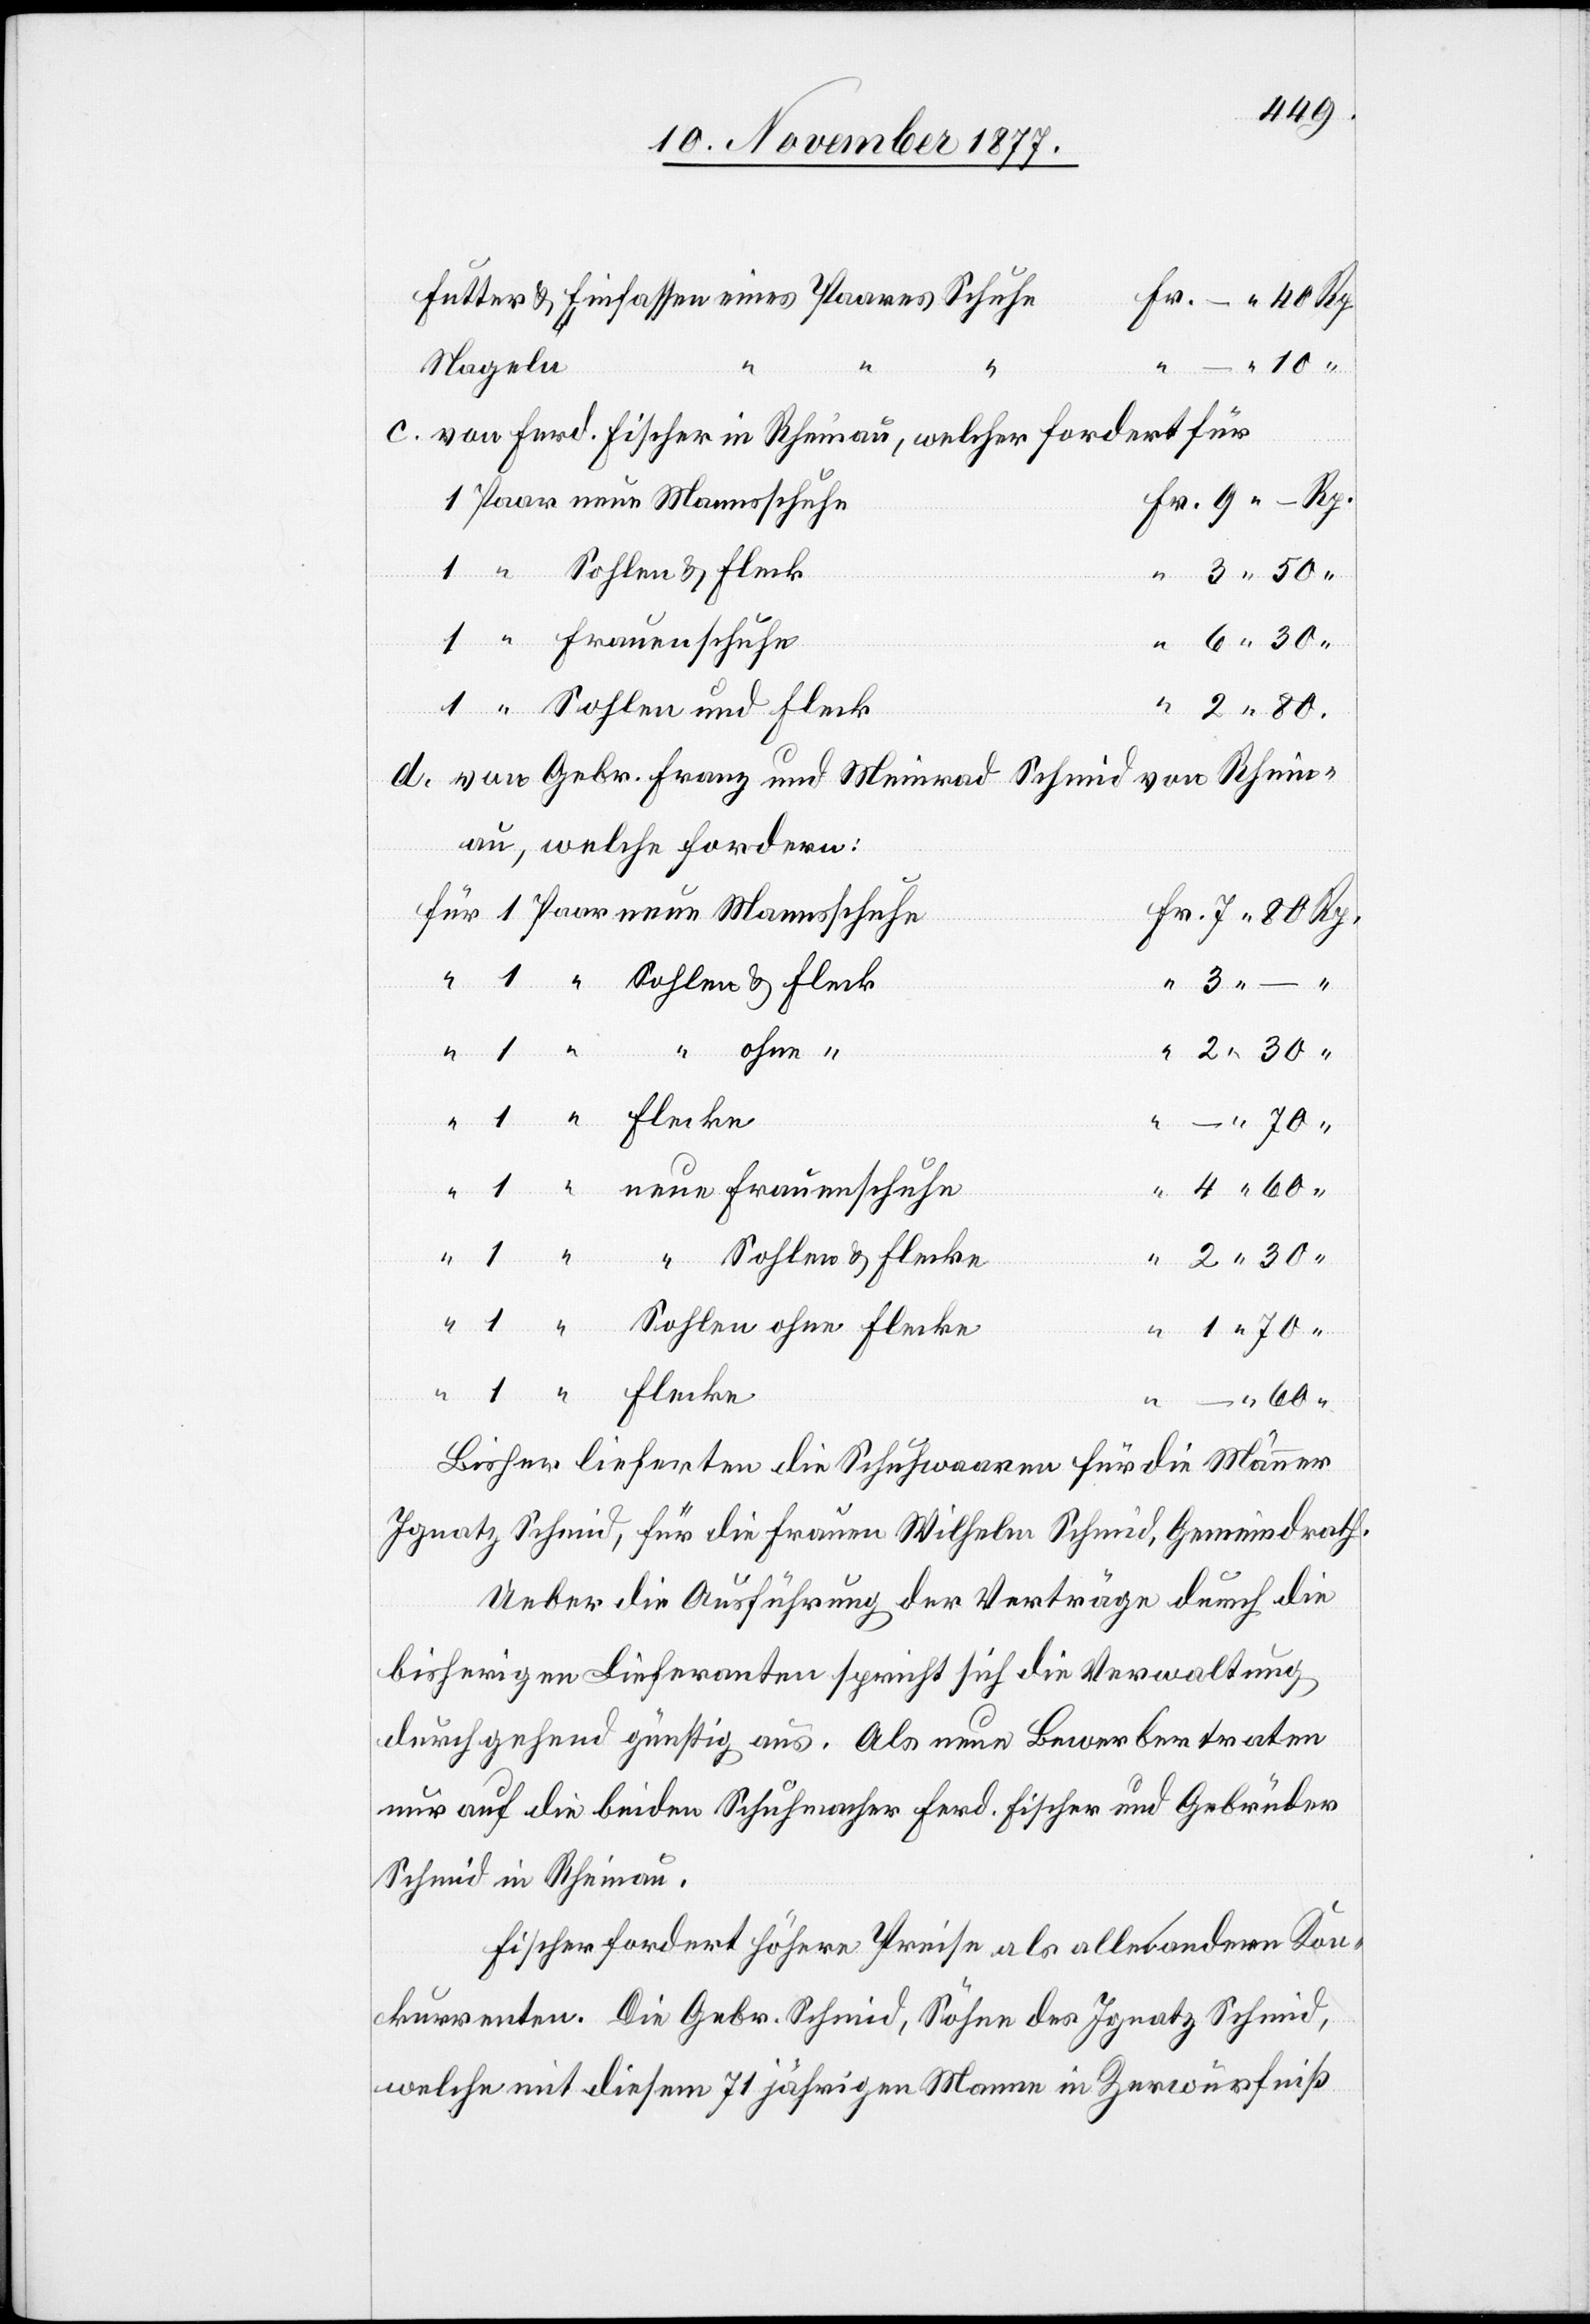
Futter & Einfassen eines Paares Schuhe
Fr. – 40 Rp.
Nageln
10 “
c.
von Ferd. Fischer in Rheinau, welcher fordert für
ohne
Fr. 9 – Rp.
1 Paar neue Mannsschuhe
“ “ Sohlen & Flecke
r] Frauenschuhe
1 “ Sohlen und Fleck
2 80.
von Gebr. Franz und Meinrad Schmid von Rhein¬
au, welche fordern:
für 1 Paar neue Mannsschuhe
Fr. 7 80 Rp.
“ 1 “ Sohlen & Fleck
– 70
4 60 “
1
“ 1 “ neue Frauenschuhe
2 30 “
“ 1 “ Sohlen ohne Flecke
“ 1 70 “
“ 1 “ Flecke
“ – 60 “
Bisher lieferten die Schuhwaaren für die Männer
Ignatz Schmid, für die Frauen Wilhelm Schmid, Gemeindrath.
Ueber die Ausführung der Verträge durch die
bisherigen Lieferanten spricht sich die Verwaltung
durchgehend günstig aus. Als neue Bewerber traten
nur auf die beiden Schuhmacher Ferd. Fischer und Gebrüder
Schmid in Rheinau.
Fischer fordert höhere Preise als alle andern Kon¬
kurrenten. Die Gebr. Schmid, Söhne des Ignatz Schmid,
welche mit diesem 71 jährigen Manne in Zerwürfniß